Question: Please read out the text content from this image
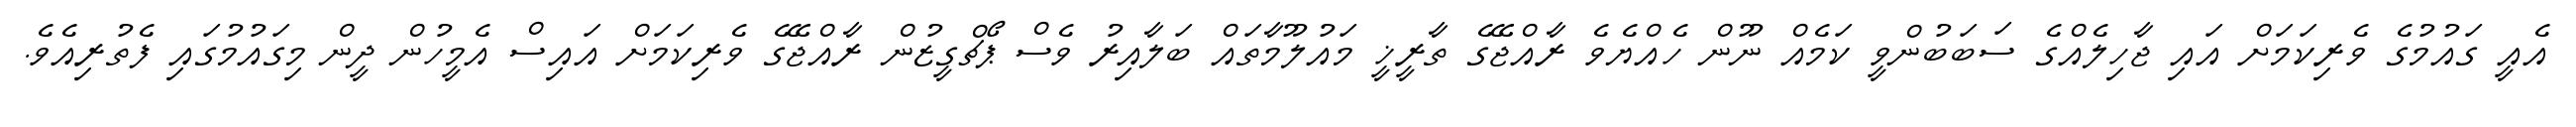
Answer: އެއީ ގައުމުގެ ވެރިކަމަށް އައި ޖާހިލެއްގެ ސަބަބުންވީ ކަމެއް ނޫން ހެއްޔެވެ ރާއްޖޭގެ ތާރީޚީ މައުލޫމާތައް ބަލާއިރު ވެސް ޕޯޗްގީޒުން ރާއްޖޭގެ ވެރިކަމަށް އައިސް އެމީހުން ދީން މިގައުމުގައި ފެތުރިއެވެ.